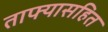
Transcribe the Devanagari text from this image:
ताफ्यासहित